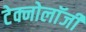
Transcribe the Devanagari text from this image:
टेक्नोलाॅजी